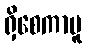
ရှိစေကာမူ